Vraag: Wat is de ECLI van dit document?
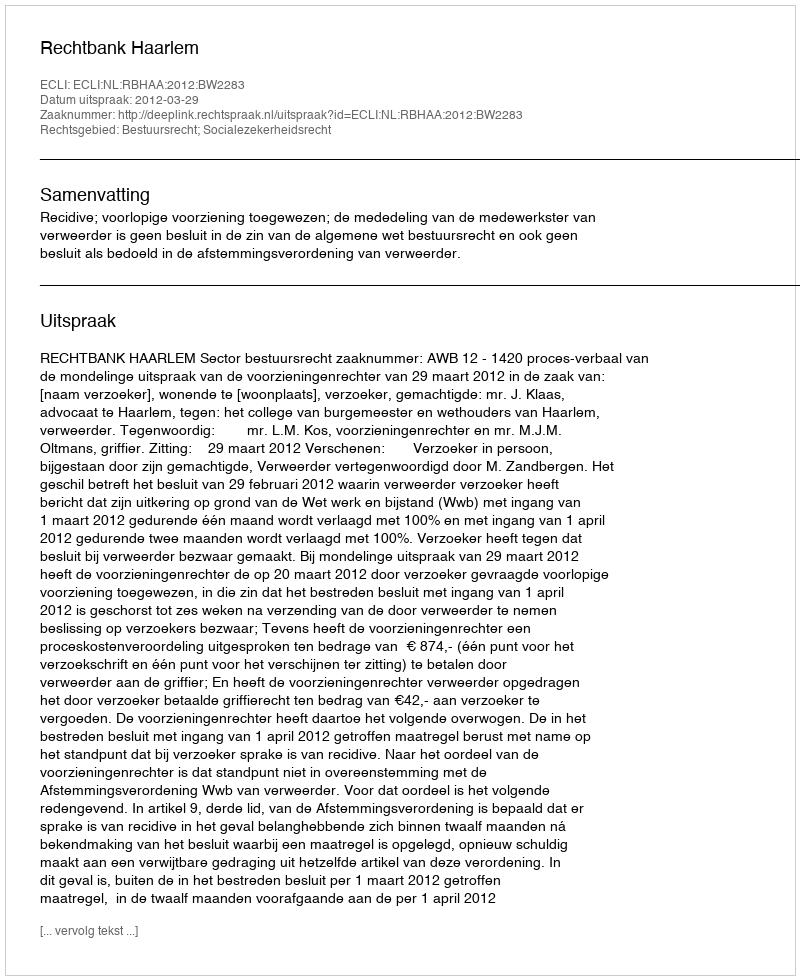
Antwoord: ECLI:NL:RBHAA:2012:BW2283